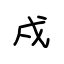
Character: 戍